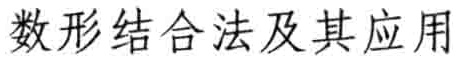
数形结合法及其应用